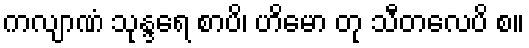
ကလျာဏံ သုန္ဒရေ စာပိ၊ ဟိမော တု သီတလေပိ စ။